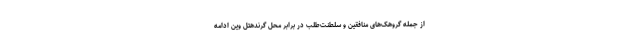
از جمله گروهک‌های منافقین و سلطنت‌طلب در برابر محل گرندهتل وین ادامه